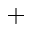
+